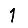
Digit: 1